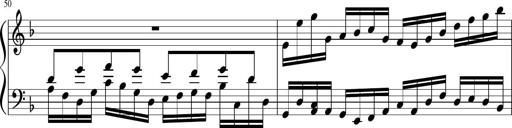
Title: Sonatina in F major
Composer: Ethan Ngo
Key: F major